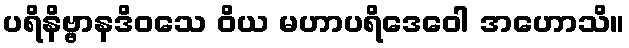
ပရိနိဗ္ဗာနဒိဝသေ ဝိယ မဟာပရိဒေဝေါ အဟောသိ။